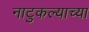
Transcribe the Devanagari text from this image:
नाटुकल्याच्या